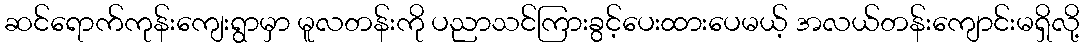
ဆင်ရောက်ကုန်းကျေးရွာမှာ မူလတန်းကို ပညာသင်ကြားခွင့်ပေးထားပေမယ့် အလယ်တန်းကျောင်းမရှိလို့